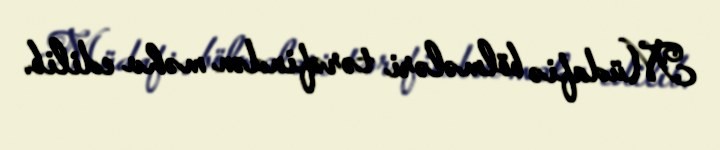
Müdafiə bölmələri tərəfindən məhv edilib.